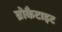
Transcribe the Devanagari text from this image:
ब्रोकैटाइट